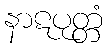
နာဋပုတ္တံ